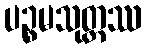
ပဉ္စမသုတ္တဿ